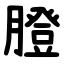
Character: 膯